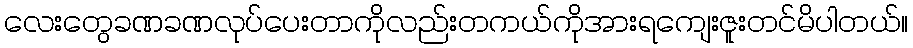
လေးတွေခဏခဏလုပ်ပေးတာကိုလည်းတကယ်ကိုအားရကျေးဇူးတင်မိပါတယ်။